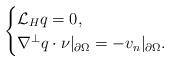
LaTeX: \begin{align*}\begin{cases}\mathcal{L}_H q=0,\\\nabla^{\perp} q\cdot\nu|_{\partial \Omega}=-v_n|_{\partial \Omega}. \\\end{cases}\end{align*}